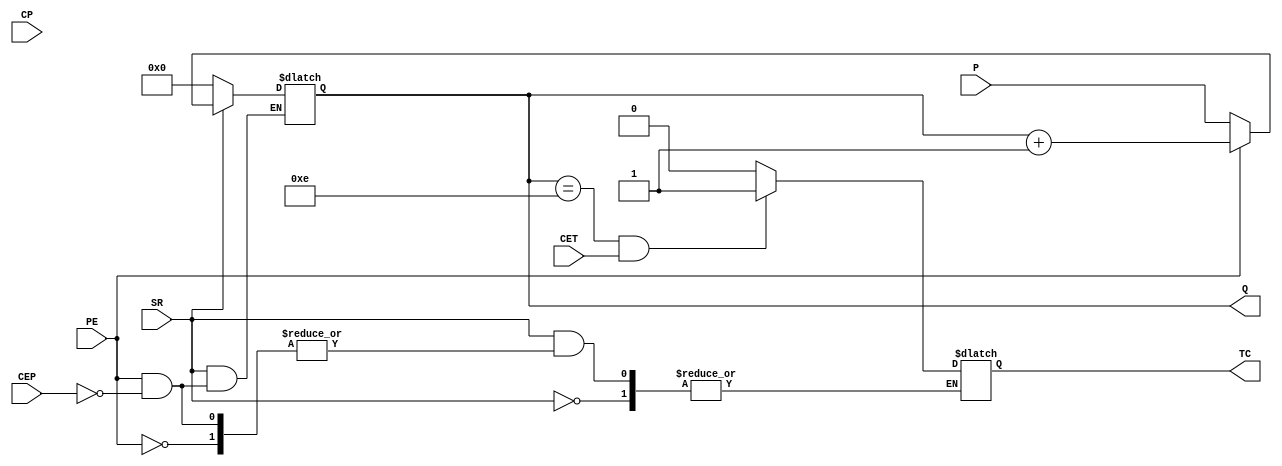


module HW4P2 (
	// Define input and output
	input [3:0] P,       // Parallel Input
	input CP,            // Clock
	input SR,            // Active Low Synchronous Reset
	input PE,            // Count Enable Parallel Input
	input CEP,           // Count Enable Parallel
	input CET,           // Count Enable Trickle
	output reg [3:0] Q,  // Parallel Output 
	output reg TC        // Terminal Count
);


always @(CP, SR, PE, CEP, CET)
begin
	if (SR == 0)
		begin
		Q <= 0;
		end
	else
		begin
			if (PE == 0)
				begin
				Q <= P;
				end
			else if (CEP == 1)
				begin
				Q <= Q + 1;
				
				if((Q[3:0] == 4'b1110) & (CET == 1))
					begin
					TC <= 1;
					end
				else
					begin
					TC <= 0;
					end
				end
			else
				begin
				// Do nothing
				end
		end
end

endmodule